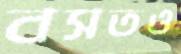
বসতও